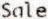
SALE